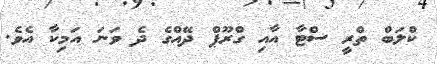
ކްލަބް ތްރީ ސްޓާ އާއި ގްރޫޕް ދޭއްގެ ދެ ވަނަ އަމިކާ އެވެ.